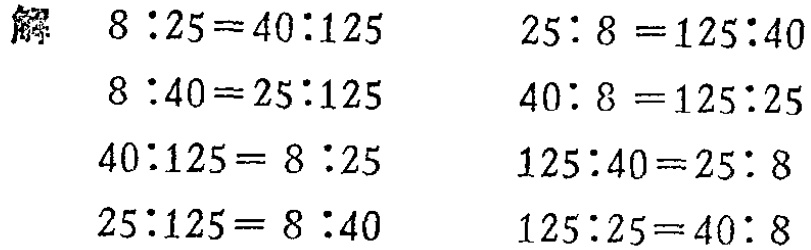
解

\[

\begin{align*}

8:25&=40:125\\

8:40&=25:125\\

40:125&= 8:25\\

25:125&= 8:40\\

\end{align*}

\]

\[

\begin{align*}

25:8&=125:40\\

40:8&=125:25\\

125:40&=25:8\\

125:25&=40:8\\

\end{align*}

\]